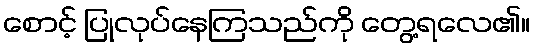
စောင့် ပြုလုပ်နေကြသည်ကို တွေ့ရလေ၏။